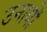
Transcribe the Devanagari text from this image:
उनायों